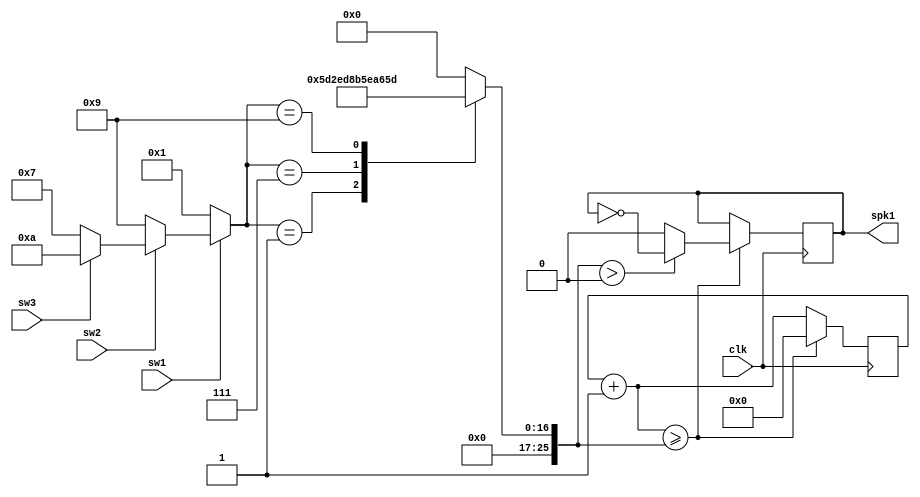
module musicbox(clk, sw1, sw2, sw3, spk1);

input clk, sw1, sw2, sw3;
output reg spk1;

reg [25:0] clk_counter = 0;
reg [25:0] limiter = 25_000_000;

parameter hundred = 1, ten = 9, digit = 7; // the last 3-digits of my student id is 197
reg [3:0] num = 10;

always @(*) begin
	
	if (sw1 == 0) begin
		num = hundred;
	end else if (sw2 == 0) begin
		num = ten;
	end else if (sw3 == 0) begin
		num = digit;
	end else begin
		num = 10;
	end
	
	case(num)
		1: limiter = 25_000_000 / 262;
		7: limiter = 25_000_000 / 494;
		9: limiter = 25_000_000 / 587;
		default: limiter = 0;
	endcase
	
end

always @(posedge clk) begin

	clk_counter = clk_counter + 1;
	if (clk_counter >= limiter) begin
		if (limiter > 0) begin
			spk1 = ~spk1;
		end else begin
			spk1 = 0;
		end
		clk_counter = 0;
	end

end

endmodule